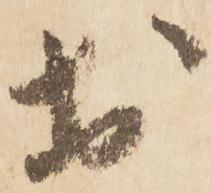
於